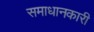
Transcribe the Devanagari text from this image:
समाधानकारी